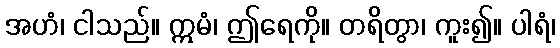
အဟံ၊ ငါသည်။ ဣမံ၊ ဤရေကို။ တရိတွာ၊ ကူး၍။ ပါရံ၊